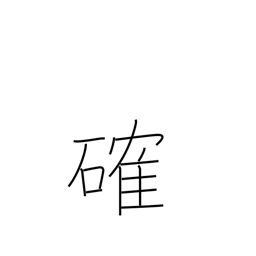
Meaning: firm